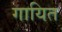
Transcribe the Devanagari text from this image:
गायित